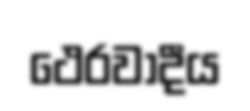
ථෙරවාදීය